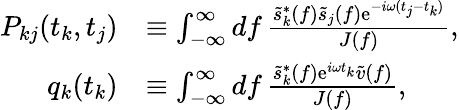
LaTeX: \begin{array}{rl}{P_{kj}(t_{k},t_{j})}&{\equiv\int_{-\infty}^{\infty}\mathop{df}\frac{\tilde{s}_{k}^{*}(f)\tilde{s}_{j}(f)\mathrm{e}^{-i\omega(t_{j}-t_{k})}}{J(f)},}\\ {q_{k}(t_{k})}&{\equiv\int_{-\infty}^{\infty}\mathop{df}\frac{\tilde{s}_{k}^{*}(f)\mathrm{e}^{i\omega t_{k}}\tilde{v}(f)}{J(f)},}\end{array}